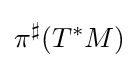
{\pi ^{\sharp }}(T^{*}M)